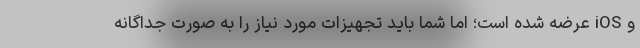
و iOS عرضه شده‌ است؛ اما شما باید تجهیزات مورد نیاز را به صورت جداگانه